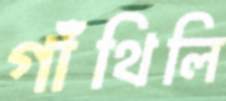
গাঁথিলি